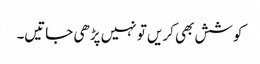
کوشش بھی کریں تو نہیں پڑھی جاتیں۔